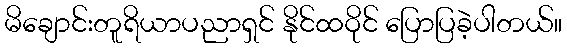
မိချောင်းတူရိယာပညာရှင် နိုင်ထဝိုင် ပြောပြခဲ့ပါတယ်။